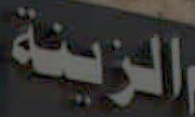
الزينة